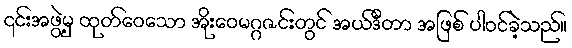
၎င်းအဖွဲ့မှ ထုတ်ဝေသော အိုးဝေမဂ္ဂဇင်းတွင် အယ်ဒီတာ အဖြစ် ပါဝင်ခဲ့သည်။